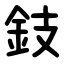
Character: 鈘